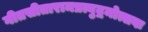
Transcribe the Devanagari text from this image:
गीतसीतारामप्रत्युद्गमोत्सवः